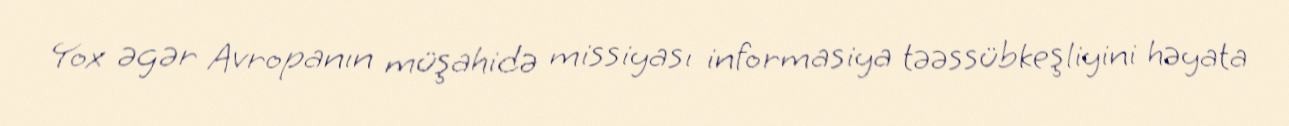
Yox əgər Avropanın müşahidə missiyası informasiya təəssübkeşliyini həyata